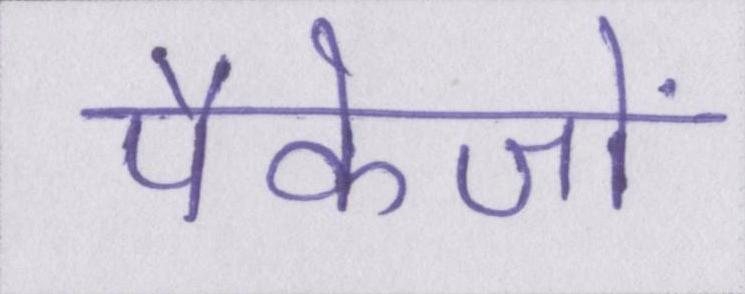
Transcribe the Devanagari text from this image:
पैकेजों